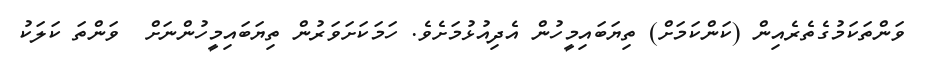
ވަންތަކަމުގެތެރެއިން (ކަންކަމަށް) ތިޔަބައިމީހުން އެދިއުޅުމަށެވެ. ހަމަކަށަވަރުން ތިޔަބައިމީހުންނަށް  ވަންތަ ކަލަކު